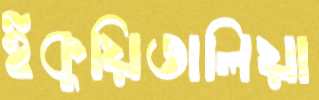
ইকুয়িতালিয়া